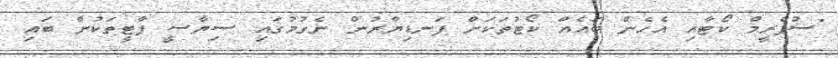
"ސުޕްރީމް ކޯޓާއި އެހެން ބައެއް ކޯޓުތަކަށް ފަނޑިޔާރުން ނެގުމުގައި ސިޔާސީ ޕާޓީތަކުން ބައި